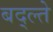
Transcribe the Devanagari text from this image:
बद्ल्ते